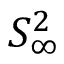
S _ { \infty } ^ { 2 }